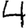
Digit: 4